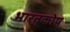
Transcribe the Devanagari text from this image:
भारतकोष